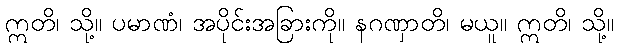
ဣတိ၊ သို့။ ပမာဏံ၊ အပိုင်းအခြားကို။ နဂဏှာတိ၊ မယူ။ ဣတိ၊ သို့။